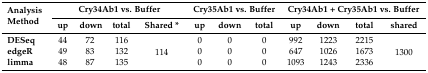
| <ROWSPAN=2> Analysis Method | <COLSPAN=4> Cry34Ab1 vs. Buffer | <COLSPAN=3> Cry35Ab1 vs. Buffer | <COLSPAN=4> Cry34Ab1 + Cry35Ab1 vs. Buffer |
 | up | down | total | Shared * | up | down | total | up | down | total | shared |
 | --- | --- | --- | --- | --- | --- | --- | --- | --- | --- | --- | --- |
 | DESeq | 44 | 72 | 116 | <ROWSPAN=3> 114 | 0 | 0 | 0 | 992 | 1223 | 2215 | <ROWSPAN=3> 1300 |
 | edgeR | 49 | 83 | 132 | 0 | 0 | 0 | 647 | 1026 | 1673 |
 | limma | 48 | 87 | 135 | 0 | 0 | 0 | 1093 | 1243 | 2336 |